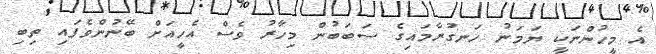
އެ މީހުންނަކީ ޔަމަނު ހަނގުރާމައިގެ ސަބަބުން މިހާރު ވެސް އެހީއަށް ބޭނުންވެފައި ތިބި